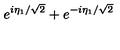
e ^ { i \eta _ { 1 } / \sqrt { 2 } } + e ^ { - i \eta _ { 1 } / \sqrt { 2 } }